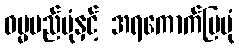
ဓမ္မမည်ပုံနှင့် အရကောက်ပြပုံ